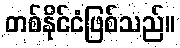
တစ်နိုင်ငံဖြစ်သည်။